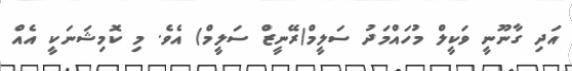
އަދި ގާނޫނީ ވަކީލް މުހައްމަދު ސަލީމް(ރޭނީޒް ސަލީމް) އެވެ. މި ކޮމިޝަނަކީ އެއް